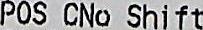
POS CNO SHIFT